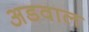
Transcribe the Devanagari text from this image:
अडवाल